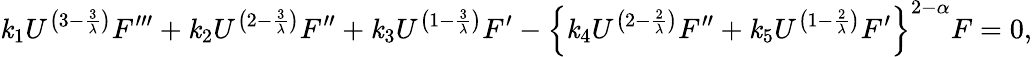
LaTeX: \mathit{k}_{1}U^{\left(3-\frac{{3}}{{\lambda}}\right)}F^{\prime\prime\prime}+\mathit{k}_{2}U^{\left(2-\frac{{3}}{{\lambda}}\right)}F^{\prime\prime}+\mathit{k}_{3}U^{\left(1-\frac{{3}}{{\lambda}}\right)}F^{\prime}-\left\{ \mathit{k}_{4}U^{\left(2-\frac{{2}}{{\lambda}}\right)}F^{\prime\prime}+\mathit{k}_{5}U^{\left(1-\frac{{2}}{{\lambda}}\right)}F^{\prime}\right\} ^{2-\alpha}F=0,